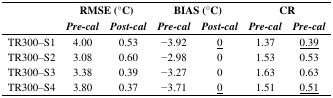
| <ROWSPAN=3>  | <COLSPAN=2> RMSE (°C) | <COLSPAN=2> BIAS (°C) | <COLSPAN=2> CR |
 | Pre-cal | Post-cal | Pre-cal | Post-cal | Pre-cal | Post-cal |
 | --- | --- | --- | --- | --- | --- | --- |
 | TR300–S1 | 4.00 | 0.53 | −3.92 | <underline>0</underline> | 1.37 | <underline>0.39</underline> |
 | TR300–S2 | 3.08 | 0.60 | −2.98 | 0 | 1.53 | 0.53 |
 | TR300–S3 | 3.38 | 0.39 | −3.27 | 0 | 1.63 | 0.63 |
 | TR300–S4 | 3.80 | 0.37 | −3.71 | <underline>0</underline> | 1.51 | <underline>0.51</underline> |